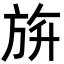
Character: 𣃬